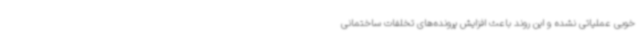
خوبی عملیاتی نشده و این روند باعث افزایش پرونده‌های تخلفات ساختمانی